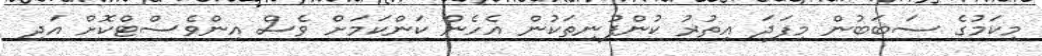
މިކަމުގެ ސަބަބުން މިފަދަ އިތުރު ކުންފުނިތަކުން އެހެން ކަންކަމަށް ވެސް އިންވެސްޓްކޮށް އަދި